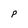
Character: P